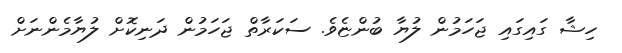
ހިޝާ ގައިގައި ޖަހަމުން ލުޔާ ބުންޏެވެ. ސަކަރާތް ޖަހަމުން ދަނިކޮށް ލުޔާމެންނަށް